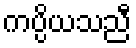
ကပ္ပိယသညီ